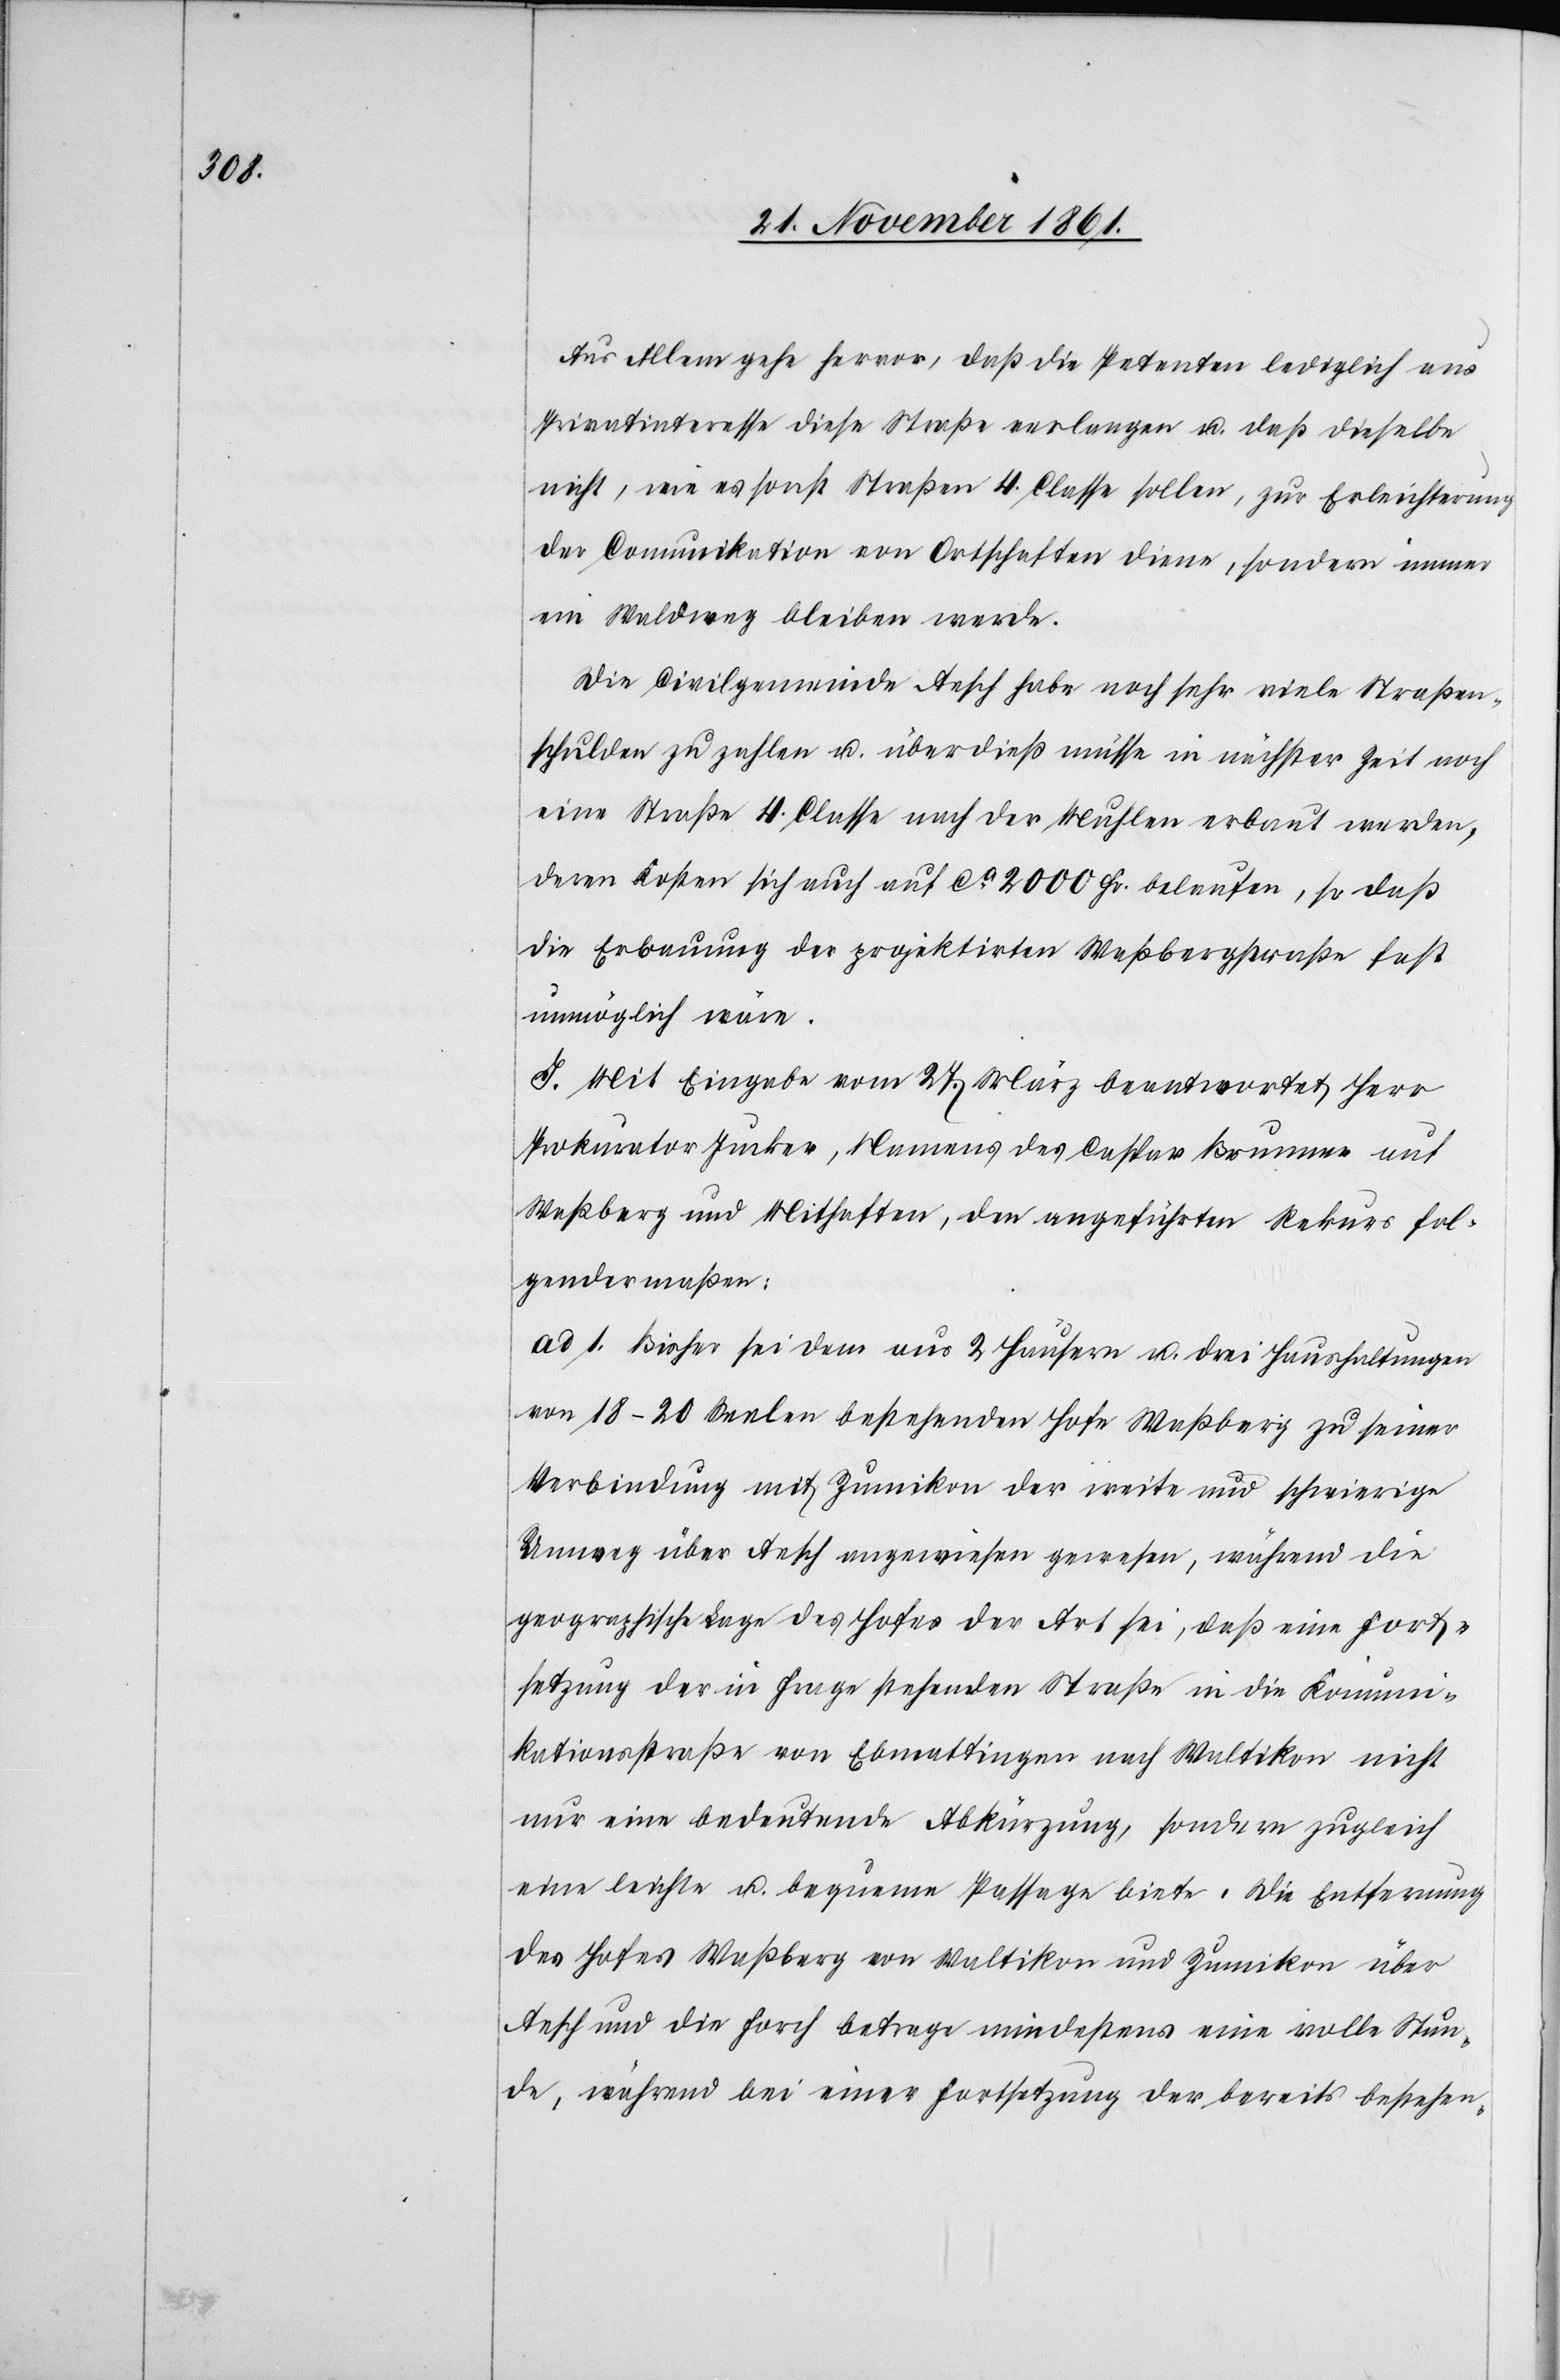
Aus Allem gehe hervor, daß die Petenten lediglich aus
Privatinteresse diese Straße verlangen u. daß dieselbe
nicht, wie es sonst Straßen 4 Classe sollen, zur Erleichterung
der Communikation von Ortschaften diene, sondern immer
ein Waldweg bleiben werde.
Die Civilgemeinde Aesch habe noch sehr viele Straßen¬
schulden zu zahlen u. überdieß müsse in nächster Zeit noch
eine Straße 4 Classe nach der Muhlen erbaut werden,
deren Kosten sich auch auf ca 2000 Fr. belaufen, so daß
die Erbauung der projektirten Waßbergstraße fast
unmöglich wäre.
J. Mit Eingabe vom 27 März beantwortet Herr
Prokurator Jucker, Namens des Caspar Brunner auf
Waßberg und Mithaften, den angeführten Rekurs fol¬
gendermaßen:
ad 1. Bisher sei dem aus 2 Häusern u. drei Haushaltungen
von 18–20 Seelen bestehenden Hofe Waßberg zu seiner
Verbindung mit Zumikon der weite und schwierige
Umweg über Aesch angewiesen gewesen, während die
geographische Lage des Hofes der Art sei, daß eine Fort¬
setzung der in Frage stehenden Straße in die Kommuni¬
kationsstraße von Ebmattingen nach Waltikon nicht
nur eine bedeutende Abkürzung, sondern zugleich
eine leichte u. bequeme Passage biete. Die Entfernung
des Hofes Waßberg von Waltikon und Zumikon über
Aesch und die Forch betrage mindestens eine volle Stun¬
de, während bei einer Fortsetzung der bereits bestehen-